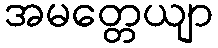
အမတ္တေယျာ